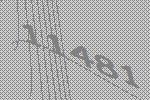
11481